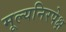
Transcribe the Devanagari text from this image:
मूल्यनिरपेक्ष